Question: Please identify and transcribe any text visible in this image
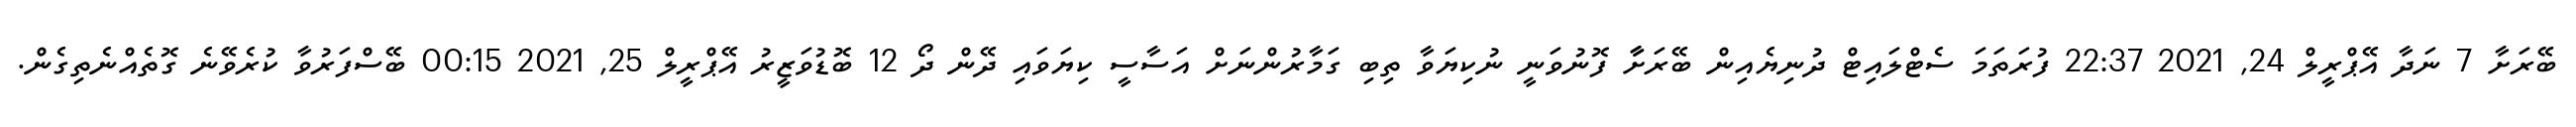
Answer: ބޭރަށާ 7 ނަދާ އޭޕްރީލް 24, 2021 22:37 ފުރަތަމަ ސެޓްލައިޓް ދުނިޔެއިން ބޭރަށާާ ފޮނުވަނީ ނުކިޔަވާ ތިބި ގަމާރުންނަށް އަސާސީ ކިޔަވައި ދޭން ދޯ 12 ބޮޑުވަޒީރު އޭޕްރީލް 25, 2021 00:15 ބޭސްފަރުވާ ކުރެވޭނެ ގޮތެއްނެތިގެން.